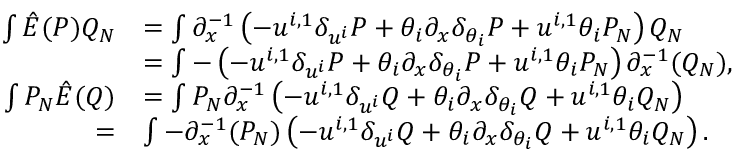
\begin{array} { r l } { \int \hat { E } ( P ) Q _ { N } } & { = \int \partial _ { x } ^ { - 1 } \left( - u ^ { i , 1 } { \delta } _ { u ^ { i } } P + \theta _ { i } \partial _ { x } { \delta } _ { \theta _ { i } } P + u ^ { i , 1 } \theta _ { i } P _ { N } \right) Q _ { N } } \\ & { = \int - \left( - u ^ { i , 1 } { \delta } _ { u ^ { i } } P + \theta _ { i } \partial _ { x } { \delta } _ { \theta _ { i } } P + u ^ { i , 1 } \theta _ { i } P _ { N } \right) \partial _ { x } ^ { - 1 } ( Q _ { N } ) , } \\ { \int P _ { N } \hat { E } ( Q ) } & { = \int P _ { N } \partial _ { x } ^ { - 1 } \left( - u ^ { i , 1 } { \delta } _ { u ^ { i } } Q + \theta _ { i } \partial _ { x } { \delta } _ { \theta _ { i } } Q + u ^ { i , 1 } \theta _ { i } Q _ { N } \right) } \\ { = } & { \int - \partial _ { x } ^ { - 1 } ( P _ { N } ) \left( - u ^ { i , 1 } { \delta } _ { u ^ { i } } Q + \theta _ { i } \partial _ { x } { \delta } _ { \theta _ { i } } Q + u ^ { i , 1 } \theta _ { i } Q _ { N } \right) . } \end{array}